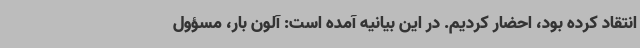
انتقاد کرده بود، احضار کردیم. در این بیانیه آمده است: آلون بار، مسؤول